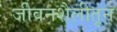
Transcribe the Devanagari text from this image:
जीवनशैलीतून